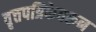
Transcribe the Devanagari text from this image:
वृत्तपत्रिकेवरून